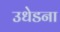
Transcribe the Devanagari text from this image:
उधेडना